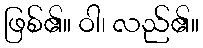
ဖြစ်၏။ ဝါ၊ လည်၏။